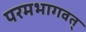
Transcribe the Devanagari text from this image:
परमभागवत्